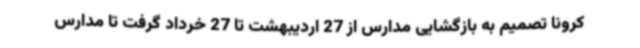
کرونا تصمیم به بازگشایی مدارس از 27 اردیبهشت تا 27 خرداد گرفت تا مدارس